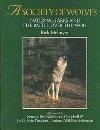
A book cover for Society Of Wolves; Rick Mcintyre; Science & Math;